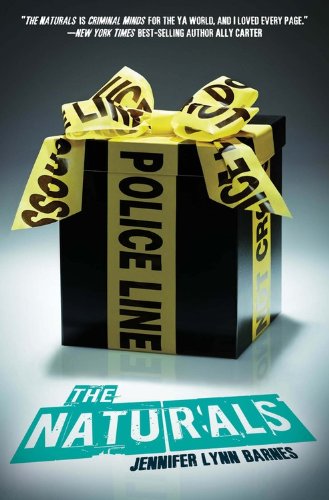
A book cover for The Naturals ((The Naturals #1)); Jennifer Lynn Barnes; Teen & Young Adult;